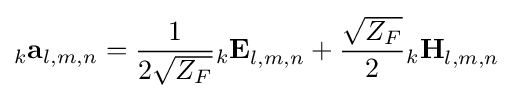
_{k}\mathbf {a} _{l,m,n}={\frac {1}{2{\sqrt {Z_{F}}}}}{_{k}\mathbf {E} }_{l,m,n}+{\frac {\sqrt {Z_{F}}}{2}}{_{k}\mathbf {H} }_{l,m,n}